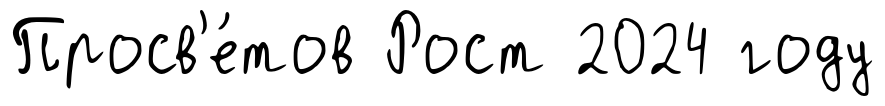
Просв'е́тов Рост 2024 году